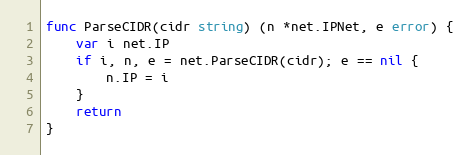
Language: Go
func ParseCIDR(cidr string) (n *net.IPNet, e error) {
	var i net.IP
	if i, n, e = net.ParseCIDR(cidr); e == nil {
		n.IP = i
	}
	return
}